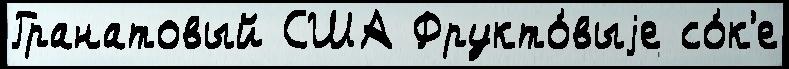
Гранатовый США Фрукто́выjе со́к'е